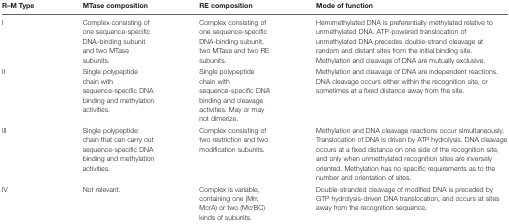
<table><thead><tr><td><b>R–M Type</b></td><td><b>MTase composition</b></td><td><b>RE composition</b></td><td><b>Mode of function</b></td></tr></thead><tbody><tr><td>I</td><td>Complex consisting of one sequence-specific DNA-binding subunit and two MTase subunits.</td><td>Complex consisting of one sequence-specific DNA-binding subunit, two MTase and two RE subunits.</td><td>Hemimethylated DNA is preferentially methylated relative to unmethylated DNA. ATP-powered translocation of unmethylated DNA precedes double-strand cleavage at random and distant sites from the initial binding site. Methylation and cleavage of DNA are mutually exclusive.</td></tr><tr><td>II</td><td>Single polypeptide chain with sequence-specific DNA binding and methylation activities.</td><td>Single polypeptide chain with sequence-specific DNA binding and cleavage activities. May or may not dimerize.</td><td>Methylation and cleavage of DNA are independent reactions. DNA cleavage occurs either within the recognition site, or sometimes at a fixed distance away from the site.</td></tr><tr><td>III</td><td>Single polypeptide chain that can carry out sequence-specific DNA binding and methylation activities.</td><td>Complex consisting of two restriction and two modification subunits.</td><td>Methylation and DNA cleavage reactions occur simultaneously. Translocation of DNA is driven by ATP hydrolysis. DNA cleavage occurs at a fixed distance on one side of the recognition site, and only when unmethylated recognition sites are inversely oriented. Methylation has no specific requirements as to the number and orientation of sites.</td></tr><tr><td>IV</td><td>Not relevant.</td><td>Complex is variable, containing one (Mrr, McrA) or two (McrBC) kinds of subunits.</td><td>Double-stranded cleavage of modified DNA is preceded by GTP hydrolysis-driven DNA translocation, and occurs at sites away from the recognition sequence.</td></tr></tbody></table>